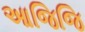
આજિજિ